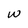
Character: w